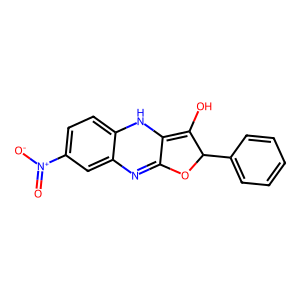
SMILES: O=[N+]([O-])c1ccc2c(c1)N=C1OC(c3ccccc3)C(O)=C1N2
Inhibits HIV replication: No